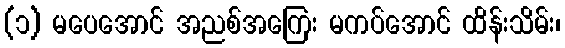
(၁) မပေအောင် အညစ်အကြေး မကပ်အောင် ထိန်းသိမ်း၊